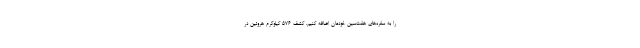
را به سفره‌های هفت‌سین خودمان اضافه کنیم. کشف ۵۷۶ کیلوگرم هروئین در